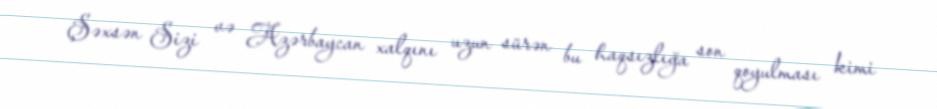
Şəxsən Sizi və Azərbaycan xalqını uzun sürən bu haqsızlığa son qoyulması kimi